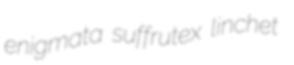
enigmata suffrutex linchet